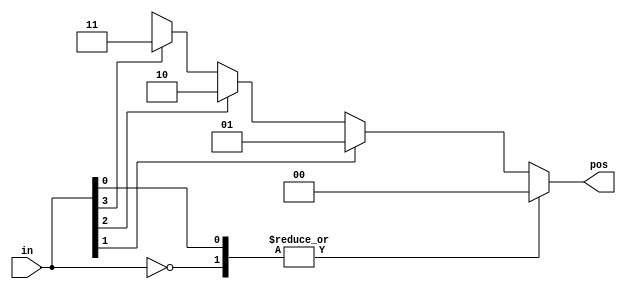

/*
when given an input bit vector, outputs the position of the first 1 bit in the vector.
For example, an 8-bit priority encoder given the input 8'b10010000 would output 3'd4,
because bit[4] is first bit that is high.

Build a 4-bit priority encoder. For this problem, if none of the input bits are high (i.e., input is zero),
output zero. Note that a 4-bit number has 16 possible combinations
*/

// Easy way using "casez"
module top_module (
    input [3:0] in,
    output reg [1:0] pos  );

    always @ (*)
    begin
        casez(in) 
            4'b0000: pos = 0;
            4'bzzz1: pos = 0;
            4'bzz1z: pos = 1;
            4'bz1zz: pos = 2;
            4'b1zzz: pos = 3;
            default: pos = 0;
        endcase
    end
endmodule

// HARDER WAY
/*
when given an input bit vector, outputs the position of the first 1 bit in the vector.
For example, an 8-bit priority encoder given the input 8'b10010000 would output 3'd4,
because bit[4] is first bit that is high.

Build a 4-bit priority encoder. For this problem, if none of the input bits are high (i.e., input is zero),
output zero. Note that a 4-bit number has 16 possible combinations

module top_module (
    input [3:0] in,
    output reg [1:0] pos  );

    always @ (*)
    begin
        case(in)
            4'b0000: pos = 0;
            4'b0001: pos = 0;
            4'b0010: pos = 1;
            4'b0011: pos = 0;
            4'b0100: pos = 2;
            4'b0101: pos = 0;
            4'b0110: pos = 1;
            4'b0111: pos = 0;
            4'b1000: pos = 3;
            4'b1001: pos = 0;
            4'b1010: pos = 1;
            4'b1011: pos = 0;
            4'b1100: pos = 2;
            4'b1101: pos = 0;
            4'b1110: pos = 1;
            4'b1111: pos = 0;
            default: pos = 0;
        endcase
    end
endmodule
*/